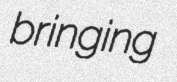
bringing